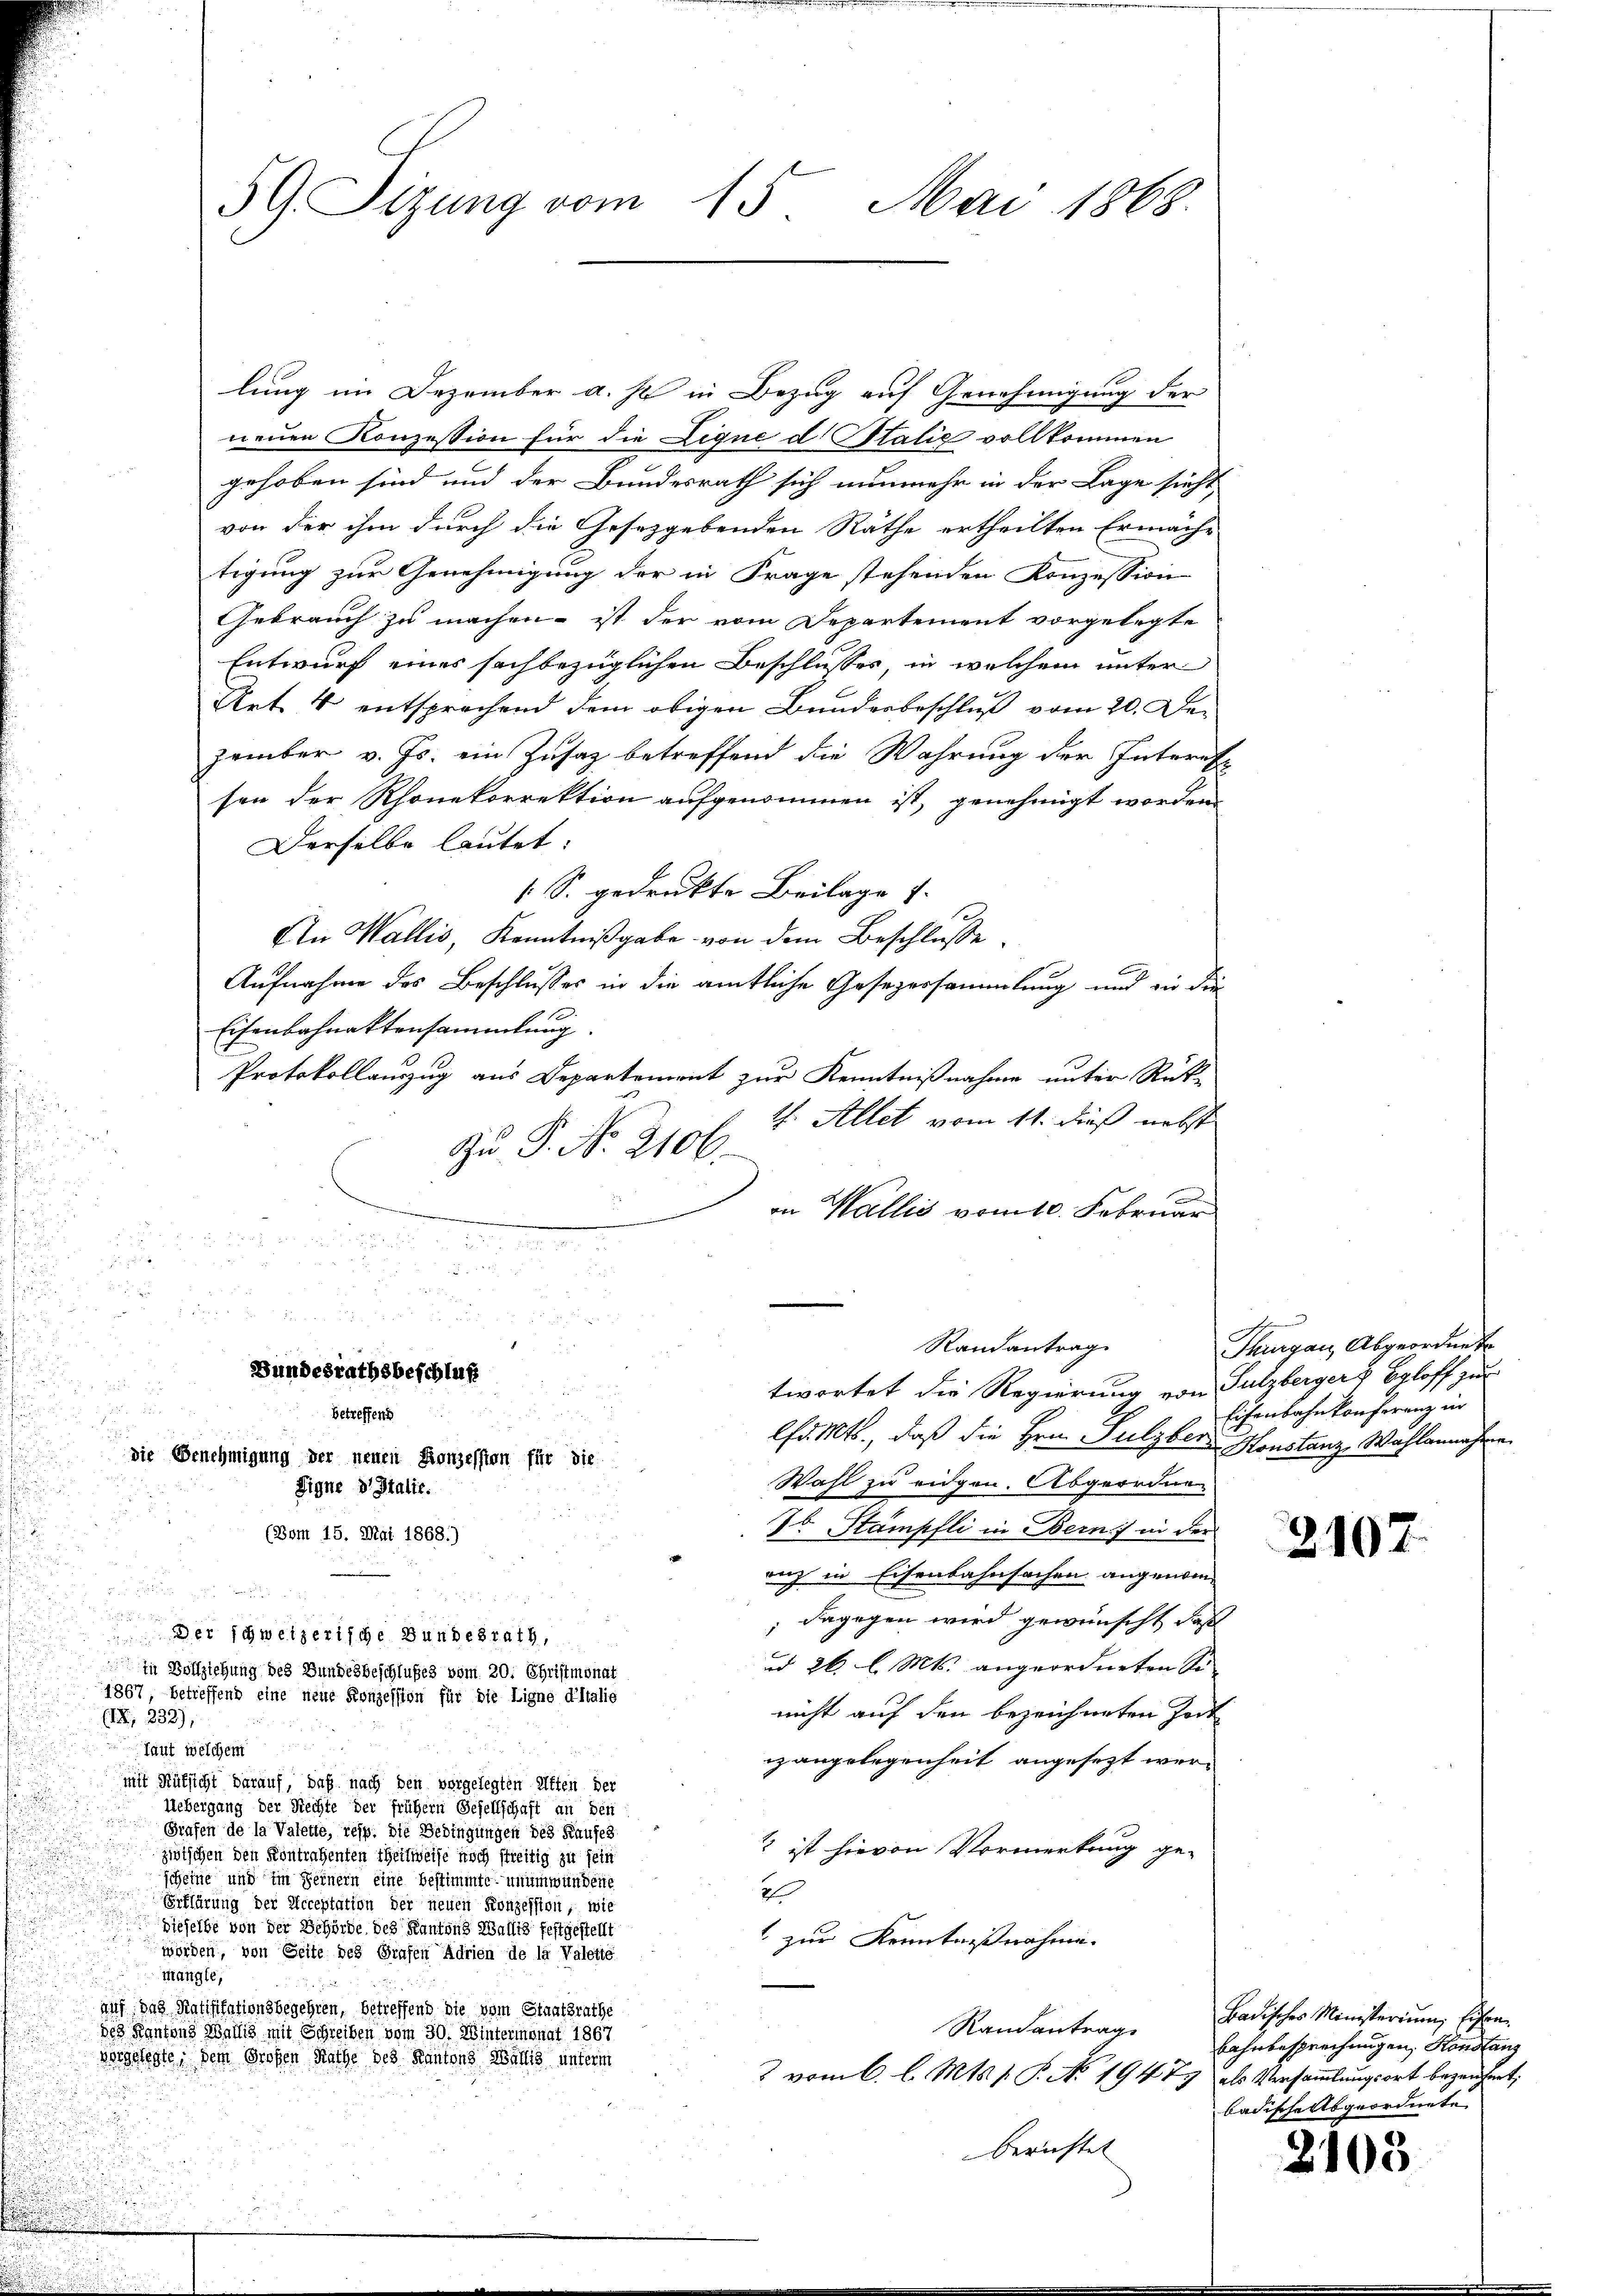
59 Sizung vom 15. Mai 1868.

lung im Dezember a. s. in Bezug auf Genehmigung der
neuen Konzession für die Lique d Stalie vollkommen
gehoben sind und der Bundesrath sich nunmehr in der Lage sicht
von der ihm durch die Gesetzgebenden Räthe ertheilten Ermäche
tigung zur Genehmigung der in Frage stehenden Konzession
Gebrauch zu machen - ist der vom Departement vorgelegte
Entwurf eines sachbezüglichen Beschlusses, in welchem unter
Art. 4 entsprechend dem obigen Bundesbeschluß vom 20. Dezember v. Js. ein Zusatz betreffend die Wahrung der Interes
sen der Rhonekorrektion aufgenommen ist, genehmigt worden
Derselbe lautet:
[S. gedruckte Beilage s
An Wallis, Kenntnißgabe von dem Beschlusse
Aufnahme des Beschlusses in die amtliche Gesezessammlung und ein die
Eisenbahnaktensammlung.
Protokollauszug aus Departement zur Kenntnißnahme unter Rück-
th. Allet vom 11. dieß nebst
Zu P. No. 2106
on Wallis vom 10. Februar

 xx

lfamts, daß die Hrn. Sulzber Konstanz Wahlannahme.
Wahl zu eidgen. Abgeordnen
7t Stampfli in Bern in der
(Bom 15. Mai 1868.)
auf in Eisenbahnfachen angenom¬
u
uund

; dagegen wird gewünscht, daß
u 26 l. Mts. angeordneten Se
 in Bollziehung des Bundesbeschlußes vom 20. Christmonat
1867, betreffend eine neue Konzession für die Ligne d’Italie
nicht auf den bezeichneten Zort
(IX, 232);
Taut welchem
izangelegenheit angesezt wermit Rüksicht darauf, daß nach den vorgelegten Affen der
Uebergang der Rechte der frühern Gesellschaft an den
Grafen de la Valette, resp. die Bedingungen des Kaufes
? ist hievon Vormerkung ge-
zwischen den Kontragenten theilweise noch streitig zu sein
scheine und im Fernern eine bestimmte unumwundene
2
Erklärung der Acceptation der neuen Konzession, wie
dieselbe von der Behörde des Kantons Wallig festgestellt
1 zur Kenntnißnahme
worden, von Seite des Grufen Adrien de la Valette
mangle,
auf das Ratifikationsbegehren, betreffend die vom Staatsrathe
Randantrag
des Kantons Wallis mit Schreiben vom 30. Wintermonat 1867
vorgelegte, dem Großen Rathe des Kantons Wältig unterm
3 vom 6. l. Mts. p. P. No. 19479 als Versammlungsort bezeichnet:
berichtet |

Bundesrathsbeschluß
betreffend
u
die Benehmigung der neuen Konzession für die

Der schweizerische Bundesrath,

Signe d Italie.

Randantrag
twortet die Regierung von Sulzbergers Egloff zur

.
Thurgau, Abgeordnet
Eisenbahnkonferenz in

2107.

Badisches Ministerium führen.
Bahnbesprechungen, Handlang
badische Abgeordnete

2108